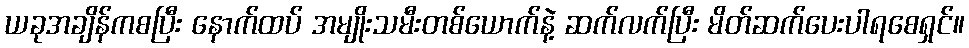
ယခုအချိန်ကစပြီး နောက်ထပ် အမျိုးသမီးတစ်ယောက်နဲ့ ဆက်လက်ပြီး မိတ်ဆက်ပေးပါရစေရှင်။